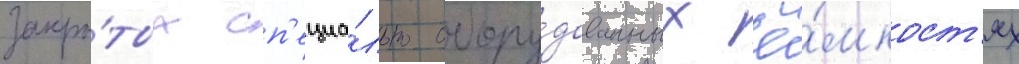
закры́тых сп'ециа́льно обору́дованных ё́мкост'ях